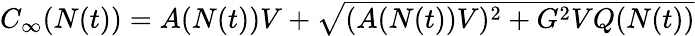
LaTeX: \begin{array}{r}{C_{\infty}(N(t))=A(N(t))V+\sqrt{(A(N(t))V)^{2}+G^{2}VQ(N(t))}}\end{array}